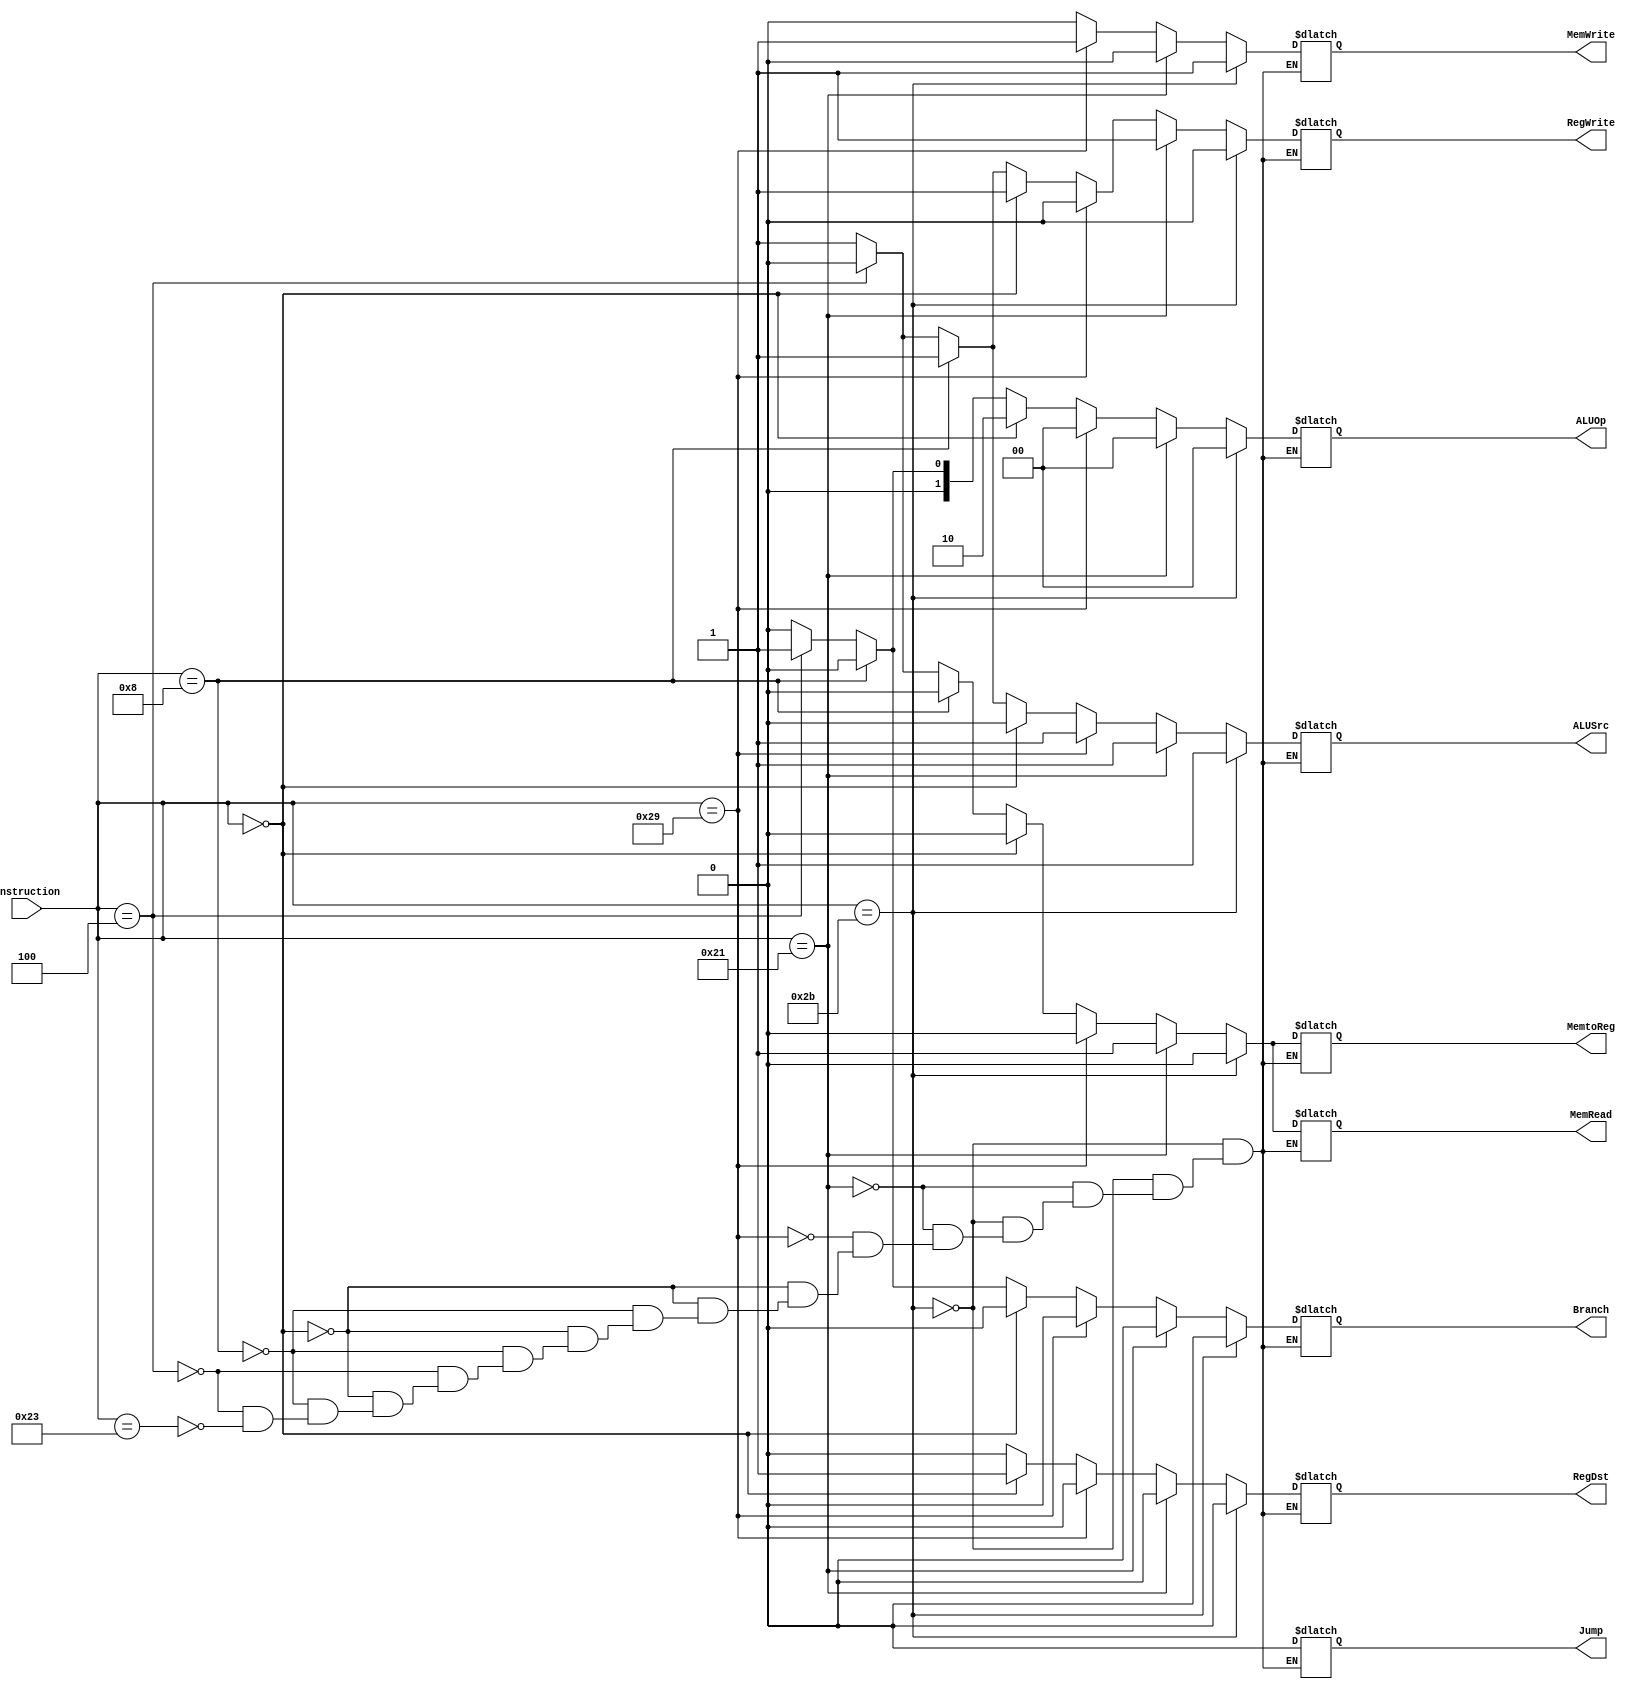
/*module control(RegDst, Jump, Branch, MemRead, MemtoReg, ALUOp, MemWrite, ALUSrc, RegWrite, Instruction, clk );

	output reg RegDst, Jump, Branch, MemRead, MemtoReg, ALUOp, MemWrite, ALUSrc, RegWrite;
	input [5:0] Instruction;
	input clk;

	always @ (posedge clk)
	begin
		case (Instruction)
	end

endmodule*/
module control(RegDst, Jump, Branch, MemRead, MemtoReg, ALUOp, MemWrite, ALUSrc, RegWrite, Instruction);

	output reg RegDst, Jump, Branch, MemRead, MemtoReg, MemWrite, ALUSrc, RegWrite;
	output reg[1:0] ALUOp;
	input [5:0] Instruction;

	always @ (Instruction)
	//always @ (posedge clk)
	begin
		//R-format ---> Hex 0
		if(Instruction == 6'h0)
		begin
			RegDst = 1;
			Jump = 0;
			Branch = 0;
			MemRead = 0;
			MemtoReg = 0;
			ALUOp = 2;
			MemWrite = 0;
			ALUSrc = 0;
			RegWrite = 1;
		end

		//addi ---> Hex 8 
		else if(Instruction == 6'h8 )
		begin
			RegDst = 0;
			Jump = 0;
			Branch = 0;
			MemRead = 0;
			MemtoReg = 0;
			ALUOp = 0;
			MemWrite = 0;
			ALUSrc = 1;
			RegWrite = 1;
		end

		//beq ---> Hex 4 
		else if(Instruction == 6'h4 )
		begin
			RegDst = 0;
			Jump = 0;
			Branch = 1;
			MemRead = 0;
			MemtoReg = 0;
			ALUOp = 1;
			MemWrite = 0;
			ALUSrc = 0;
			RegWrite = 0;
		end

		//lw ---> Hex 23 ,dec 35
		else if(Instruction == 6'h23 )
		begin
			RegDst = 0;
			Jump = 0;
			Branch = 0;
			MemRead = 1;
			MemtoReg = 1;
			ALUOp = 0;
			MemWrite = 0;
			ALUSrc = 1;
			RegWrite = 1;
		end

		//sw ---> Hex 2B , dec 43
		if(Instruction == 6'h2b )
		begin
			RegDst = 0;
			Jump = 0;
			Branch = 0;
			MemRead = 0;
			MemtoReg = 0;
			ALUOp = 0;
			MemWrite = 1;
			ALUSrc = 1;
			RegWrite = 0;
		end

		//lh ---> Hex 21 , dec 33
		else if(Instruction == 6'h21 )
		begin
			RegDst = 0;
			Jump = 0;
			Branch = 0;
			MemRead = 1;
			MemtoReg = 1;
			ALUOp = 0;
			MemWrite = 0;
			ALUSrc = 1;
			RegWrite = 1;
		end

		//sh ---> Hex 29, dec 41 
		else if(Instruction == 6'h29 )
		begin
			RegDst = 0;
			Jump = 0;
			Branch = 0;
			MemRead = 0;
			MemtoReg = 0;
			ALUOp = 0;
			MemWrite = 1;
			ALUSrc = 1;
			RegWrite = 0;
		end
		
	end

endmodule